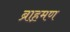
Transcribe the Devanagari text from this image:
ब्राह़मण